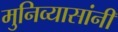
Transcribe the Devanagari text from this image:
मुनिव्यासांनी